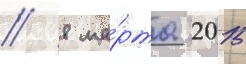
// 8 ма́рта 2015